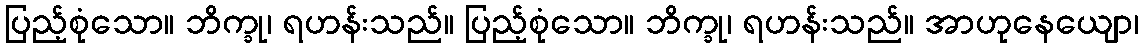
ပြည့်စုံသော။ ဘိက္ခု၊ ရဟန်းသည်။ ပြည့်စုံသော။ ဘိက္ခု၊ ရဟန်းသည်။ အာဟုနေယျော၊